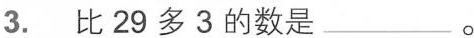
3. 比29多3的数是___。